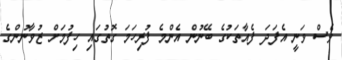
ވެސް ވަނީ އެފަދަ ފެއާތަކުގެ ބޭނުން އެންމެ ފުރިހަމަ ގޮތުގައި ހިފުމަށް ޒުވާނުންގެ